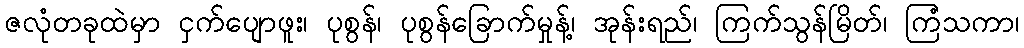
ဇလုံတခုထဲမှာ ငှက်ပျောဖူး၊ ပုစွန်၊ ပုစွန်ခြောက်မှုန့်၊ အုန်းရည်၊ ကြက်သွန်မြိတ်၊ ကြံသကာ၊